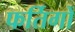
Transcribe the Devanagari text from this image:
फर्तिगों